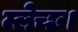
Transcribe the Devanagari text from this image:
म्लेच्छ।